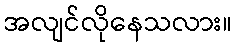
အလျင်လိုနေသလား။